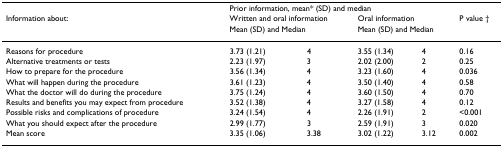
<table><thead><tr><td></td><td colspan="5"><b>Prior information, mean* (SD) and median</b></td></tr><tr><td><b>Information about:</b></td><td colspan="2"><b>Written and oral information</b></td><td colspan="2"><b>Oral information</b></td><td><b>P value †</b></td></tr><tr><td></td><td colspan="2"><b>Mean (SD) and Median</b></td><td colspan="2"><b>Mean (SD) and Median</b></td><td></td></tr></thead><tbody><tr><td>Reasons for procedure</td><td>3.73 (1.21)</td><td>4</td><td>3.55 (1.34)</td><td>4</td><td>0.16</td></tr><tr><td>Alternative treatments or tests</td><td>2.23 (1.97)</td><td>3</td><td>2.02 (2.00)</td><td>2</td><td>0.25</td></tr><tr><td>How to prepare for the procedure</td><td>3.56 (1.34)</td><td>4</td><td>3.23 (1.60)</td><td>4</td><td>0.036</td></tr><tr><td>What will happen during the procedure</td><td>3.61 (1.23)</td><td>4</td><td>3.50 (1.40)</td><td>4</td><td>0.58</td></tr><tr><td>What the doctor will do during the procedure</td><td>3.75 (1.24)</td><td>4</td><td>3.60 (1.50)</td><td>4</td><td>0.70</td></tr><tr><td>Results and benefits you may expect from procedure</td><td>3.52 (1.38)</td><td>4</td><td>3.27 (1.58)</td><td>4</td><td>0.12</td></tr><tr><td>Possible risks and complications of procedure</td><td>3.24 (1.54)</td><td>4</td><td>2.26 (1.91)</td><td>2</td><td>&lt;0.001</td></tr><tr><td>What you should expect after the procedure</td><td>2.99 (1.77)</td><td>3</td><td>2.59 (1.91)</td><td>3</td><td>0.020</td></tr><tr><td>Mean score</td><td>3.35 (1.06)</td><td>3.38</td><td>3.02 (1.22)</td><td>3.12</td><td>0.002</td></tr></tbody></table>